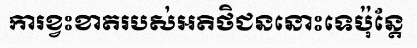
ការខ្វះខាតរបស់អតិថិជននោះទេប៉ុន្តែ